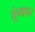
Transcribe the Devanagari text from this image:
तुंब्यावर